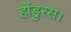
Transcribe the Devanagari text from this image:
होंडुरस।